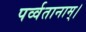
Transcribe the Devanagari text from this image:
पर्व्वतानाम्।